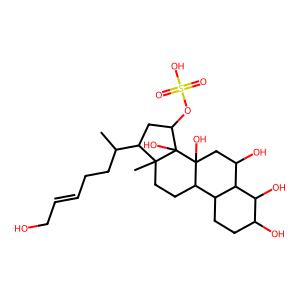
SMILES: CC(CCC=CCO)C1CC(OS(=O)(=O)O)C2(O)C1(C)CCC1C3CCC(O)C(O)C3C(O)CC12O
Inhibits HIV replication: No